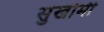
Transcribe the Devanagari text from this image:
सुखोर्मी